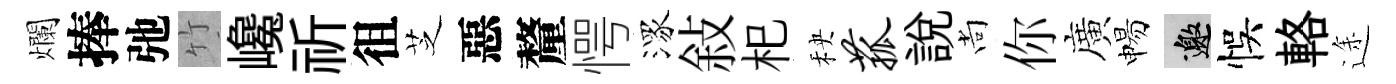
爛捧弛竹巉祈徂芝惡釐愕潈敍𣏌秧菰説尚你廣惕邀悞輅途